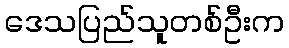
ဒေသပြည်သူတစ်ဦးက